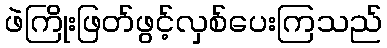
ဖဲကြိုးဖြတ်ဖွင့်လှစ်ပေးကြသည်